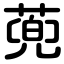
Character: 蔸